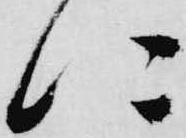
に